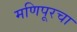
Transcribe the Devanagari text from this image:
मणिपूरचा